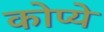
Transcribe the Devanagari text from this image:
कोप्ये